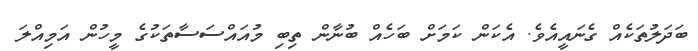
ބަދަލުތަކެއް ގެނައީއެވެ. އެކަން ކަމަށް ބަހެއް ބުނާން ތިބި މުއައްސަސާތަކުގެ މީހުން އަމިއްލަ